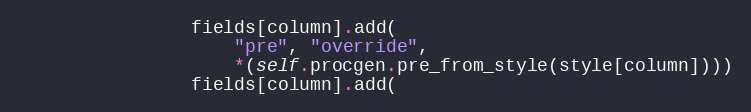
Language: Python
                fields[column].add(
                    "pre", "override",
                    *(self.procgen.pre_from_style(style[column])))
                fields[column].add(